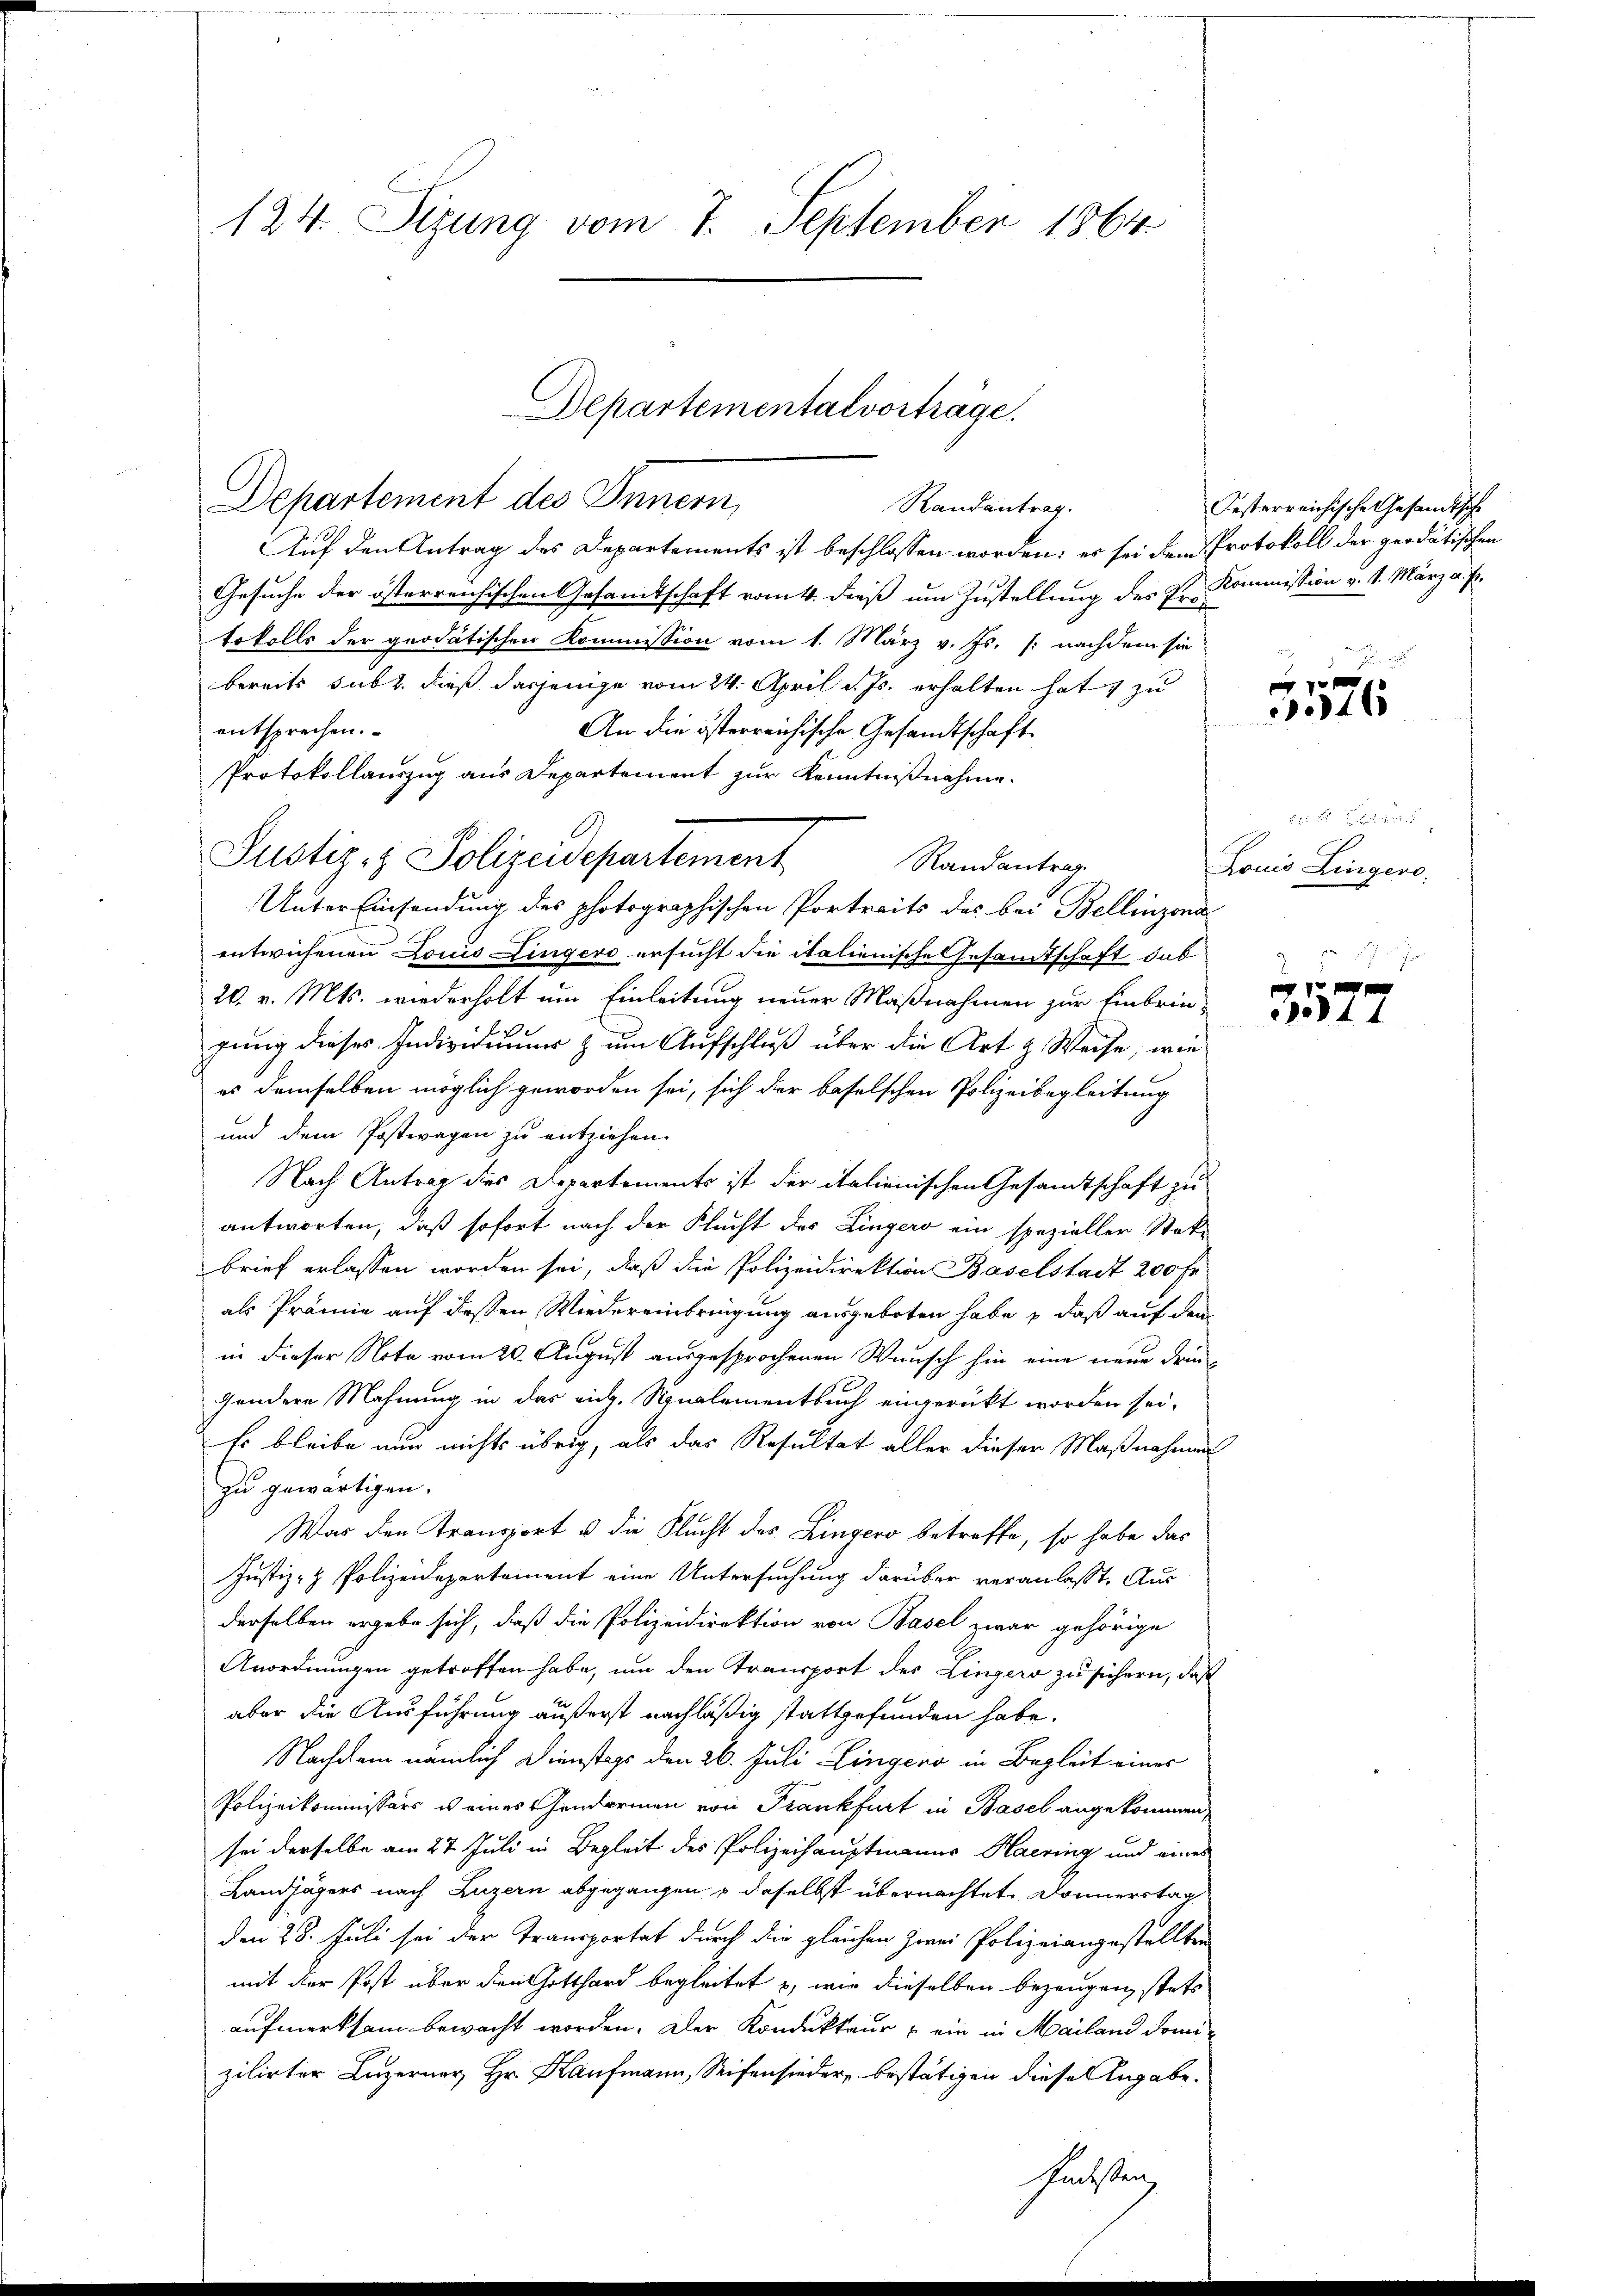
124. Sizung vom 7. September 1864

Auf den Antrag des Departements ist beschlossen worden: es sei dem Protokoll der geodätischen
Gesuche der österreichischen Gesamtschaft vom 4. dieß um Zustellung des Hr. Kommission v. 1. März a. p.
tokolls der quodätischen Kommission vom 1. März v. Js. (: nachdem sie
bereits subr. dieß dasjenige vom 24. April d. Js. erhalten hat, zu
entsprechen.
An die österreichische Gesandtschaft
Protokollauszug aus Departement zur Kenntnißnahme.
Randantrag.
Unter Einsendung des photographischen Portreits des bei Bellinzona
entwichenen Louis Lingers ersucht die italienische Gesandtschaft dab
26. v. Mts. wiederholt um Einleitung neuer Maßnahmen zur Einbrine
gung dieses Individuums zum Aufschluß über die Art & Weise, wie
es demselben möglich geworden sei, sich der baselschen Polizeibegleitung
und dem Postwagen zu entziehen.
Nach Antrag des Departements ist der italienischen Gesamtschaft zu
antworten, daß sofort nach der Flucht des Lingers ein spezieller Stek-
brief erlassen worden sei, daß die Polizeidirektion Baselstadt 200 Fr.
als Prämie auf dessen Wiedereinbringung ausgeboten habe & daß auf den
in dieser Note vom 20. August ausgesprochenen Wunsch hin eine neue drin¬
Zandere Mahnung in das rich. Sinalementbuch eingerückt worden sei.
Es bleibe nur nichts übrig, als das Resultat aller dieser Maßnahmen
zu gewärtigen.
War den Transport u die Flucht des Lingers betreffe, so habe das
Justiz- & Polizeidepartement eine Untersuchung darüber veranlasst. Aus
derselben ergebe sich, daß die Polizeidirektion von Basel zwar gehörige
Anordnungen getroffen habe, um den Transport des Lingers zu sichern, daß
aber die Ausführung äußerst nachläßig stattgefunden habe.
Nachdem nämlich Dienstags den 26. Juli Lingero in Begleit einer
Polizeikommissärs u eines Gendarmen von Frankfurt in Basel angekommen,
sei derselbe am 27. Juli in Begleit des Polizeihauptmanns Haering und eines
Landjägers nach Luzern abgegangen u daselbst übernachtet Donnerstag
den 28. Juli sei der Transportat durch die gleichen zwei Polizeiangestellten
mit der Post über den Gotthard begleitet u. wir dieselben bezeugen, stets
aufmerksam bewacht worden. Der Kondukteur & ein in Mailand domizilirter Luzerner Hr. Kaufmann, Seifensieder, bestätigen diese Angabe.
Podessen

Justiz- & Polizeidepartement

Departementalvorträge.
Departement des Innern,
Randantrag.

Festerreichische Gesandtsche

46

Louis Lingero

1344